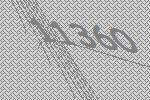
11360